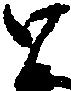
と